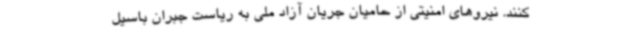
کنند. نیروهای امنیتی از حامیان جریان آزاد ملی به ریاست جبران باسیل